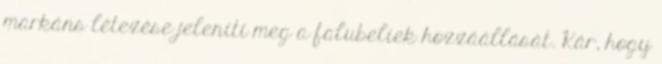
markáns létezése jeleníti meg a falubeliek hozzáállását. Kár, hogy